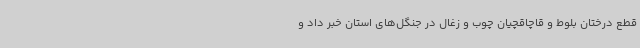
قطع درختان بلوط و قاچاقچیان چوب و زغال در جنگل‌های استان خبر داد و